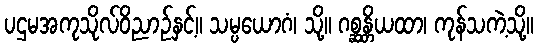
ပဌမအကုသိုလ်ဝိညာဉ်နှင့်။ သမ္ပယောဂံ၊ သို့။ ဂစ္ဆန္တိယထာ၊ ကုန်သကဲ့သို့။